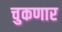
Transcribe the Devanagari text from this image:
चुकणार